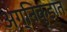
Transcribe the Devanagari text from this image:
अग्निकुंडात